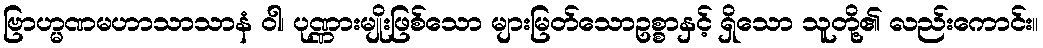
ဗြာဟ္မဏမဟာသာသာနံ ဝါ၊ ပုဏ္ဏားမျိုးဖြစ်သော များမြတ်သောဥစ္စာနှင့် ရှိသော သူတို့၏ လည်းကောင်း။